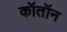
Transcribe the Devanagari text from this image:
कॉतॉन